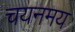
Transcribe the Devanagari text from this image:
चयनमय